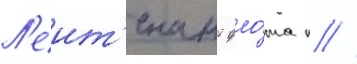
Л'еит'енант фло́та п //